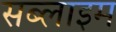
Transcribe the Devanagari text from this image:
सब्लाइम